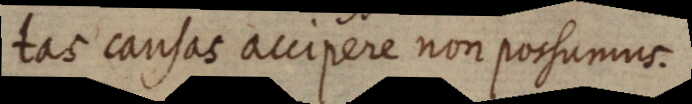
tas causas accipere non possumus.